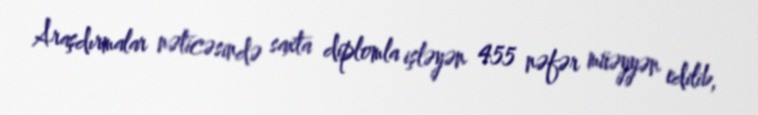
Araşdırmalar nəticəsində saxta diplomla işləyən 455 nəfər müəyyən edilib,